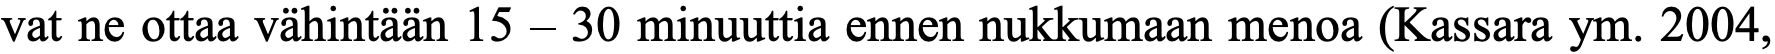
vat ne ottaa vähintään 15 – 30 minuuttia ennen nukkumaan menoa (Kassara ym. 2004,